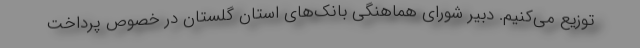
توزیع می‌کنیم. دبیر شورای هماهنگی بانک‌های استان گلستان در خصوص پرداخت